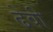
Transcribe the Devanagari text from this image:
ढेवी